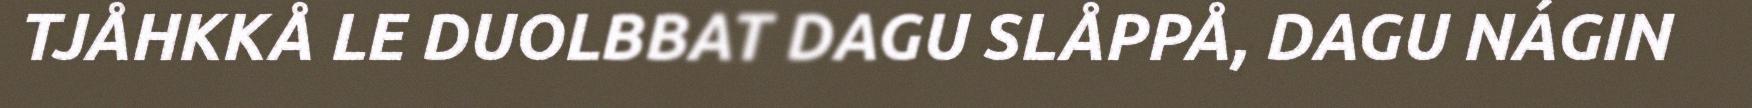
TJÅHKKÅ LE DUOLBBAT DAGU SLÅPPÅ, DAGU NÁGIN